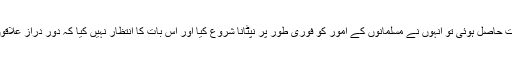
اس کی دلیل یہ ہے کہ جب حضرت ابوبکرکو امامت حاصل ہوئی تو انہوں نے مسلمانوں کے امور کو فوری طور پر نپٹانا شروع کیا اور اس بات کا انتظار نہیں کیا کہ دور دراز علاقوں میں موجود اصحاب تک اس کی خبر پہنچ جائے۔